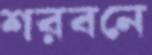
শরবনে